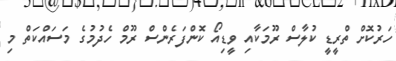
ހަރުކޮށް ތްރީޑީ ކުލާސް ރޫމަކާއި ވީޑިއޯ ކޮންފަރެންސް ރޫމް ހެދުމުގެ މަސައްކަތް މި